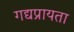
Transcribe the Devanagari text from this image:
गद्यप्रायता